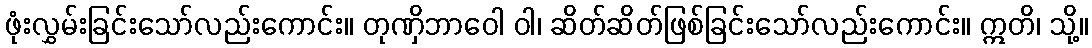
ဖုံးလွှမ်းခြင်းသော်လည်းကောင်း။ တုဏှိဘာဝေါ ဝါ၊ ဆိတ်ဆိတ်ဖြစ်ခြင်းသော်လည်းကောင်း။ ဣတိ၊ သို့။